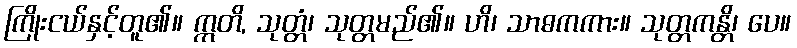
ကြိုးငယ်နှင့်တူ၏။ ဣတိ, သုတ္တံ၊ သုတ္တမည်၏။ ဟိ၊ သာဓကကား။ သုတ္တကန္တိ၊ ပေ။